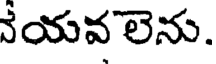
వేయవ లెను.